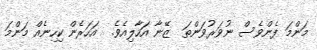
މަންމަ ފެންވެސް ނުވަރުވަންތަ  ޒޭނާ އަހާލިއެވެ.  އަހަރެން ކިހިނެއް މަންމަ